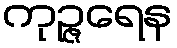
ကုဉ္ဇရေန